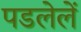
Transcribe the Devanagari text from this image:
पडलेलें